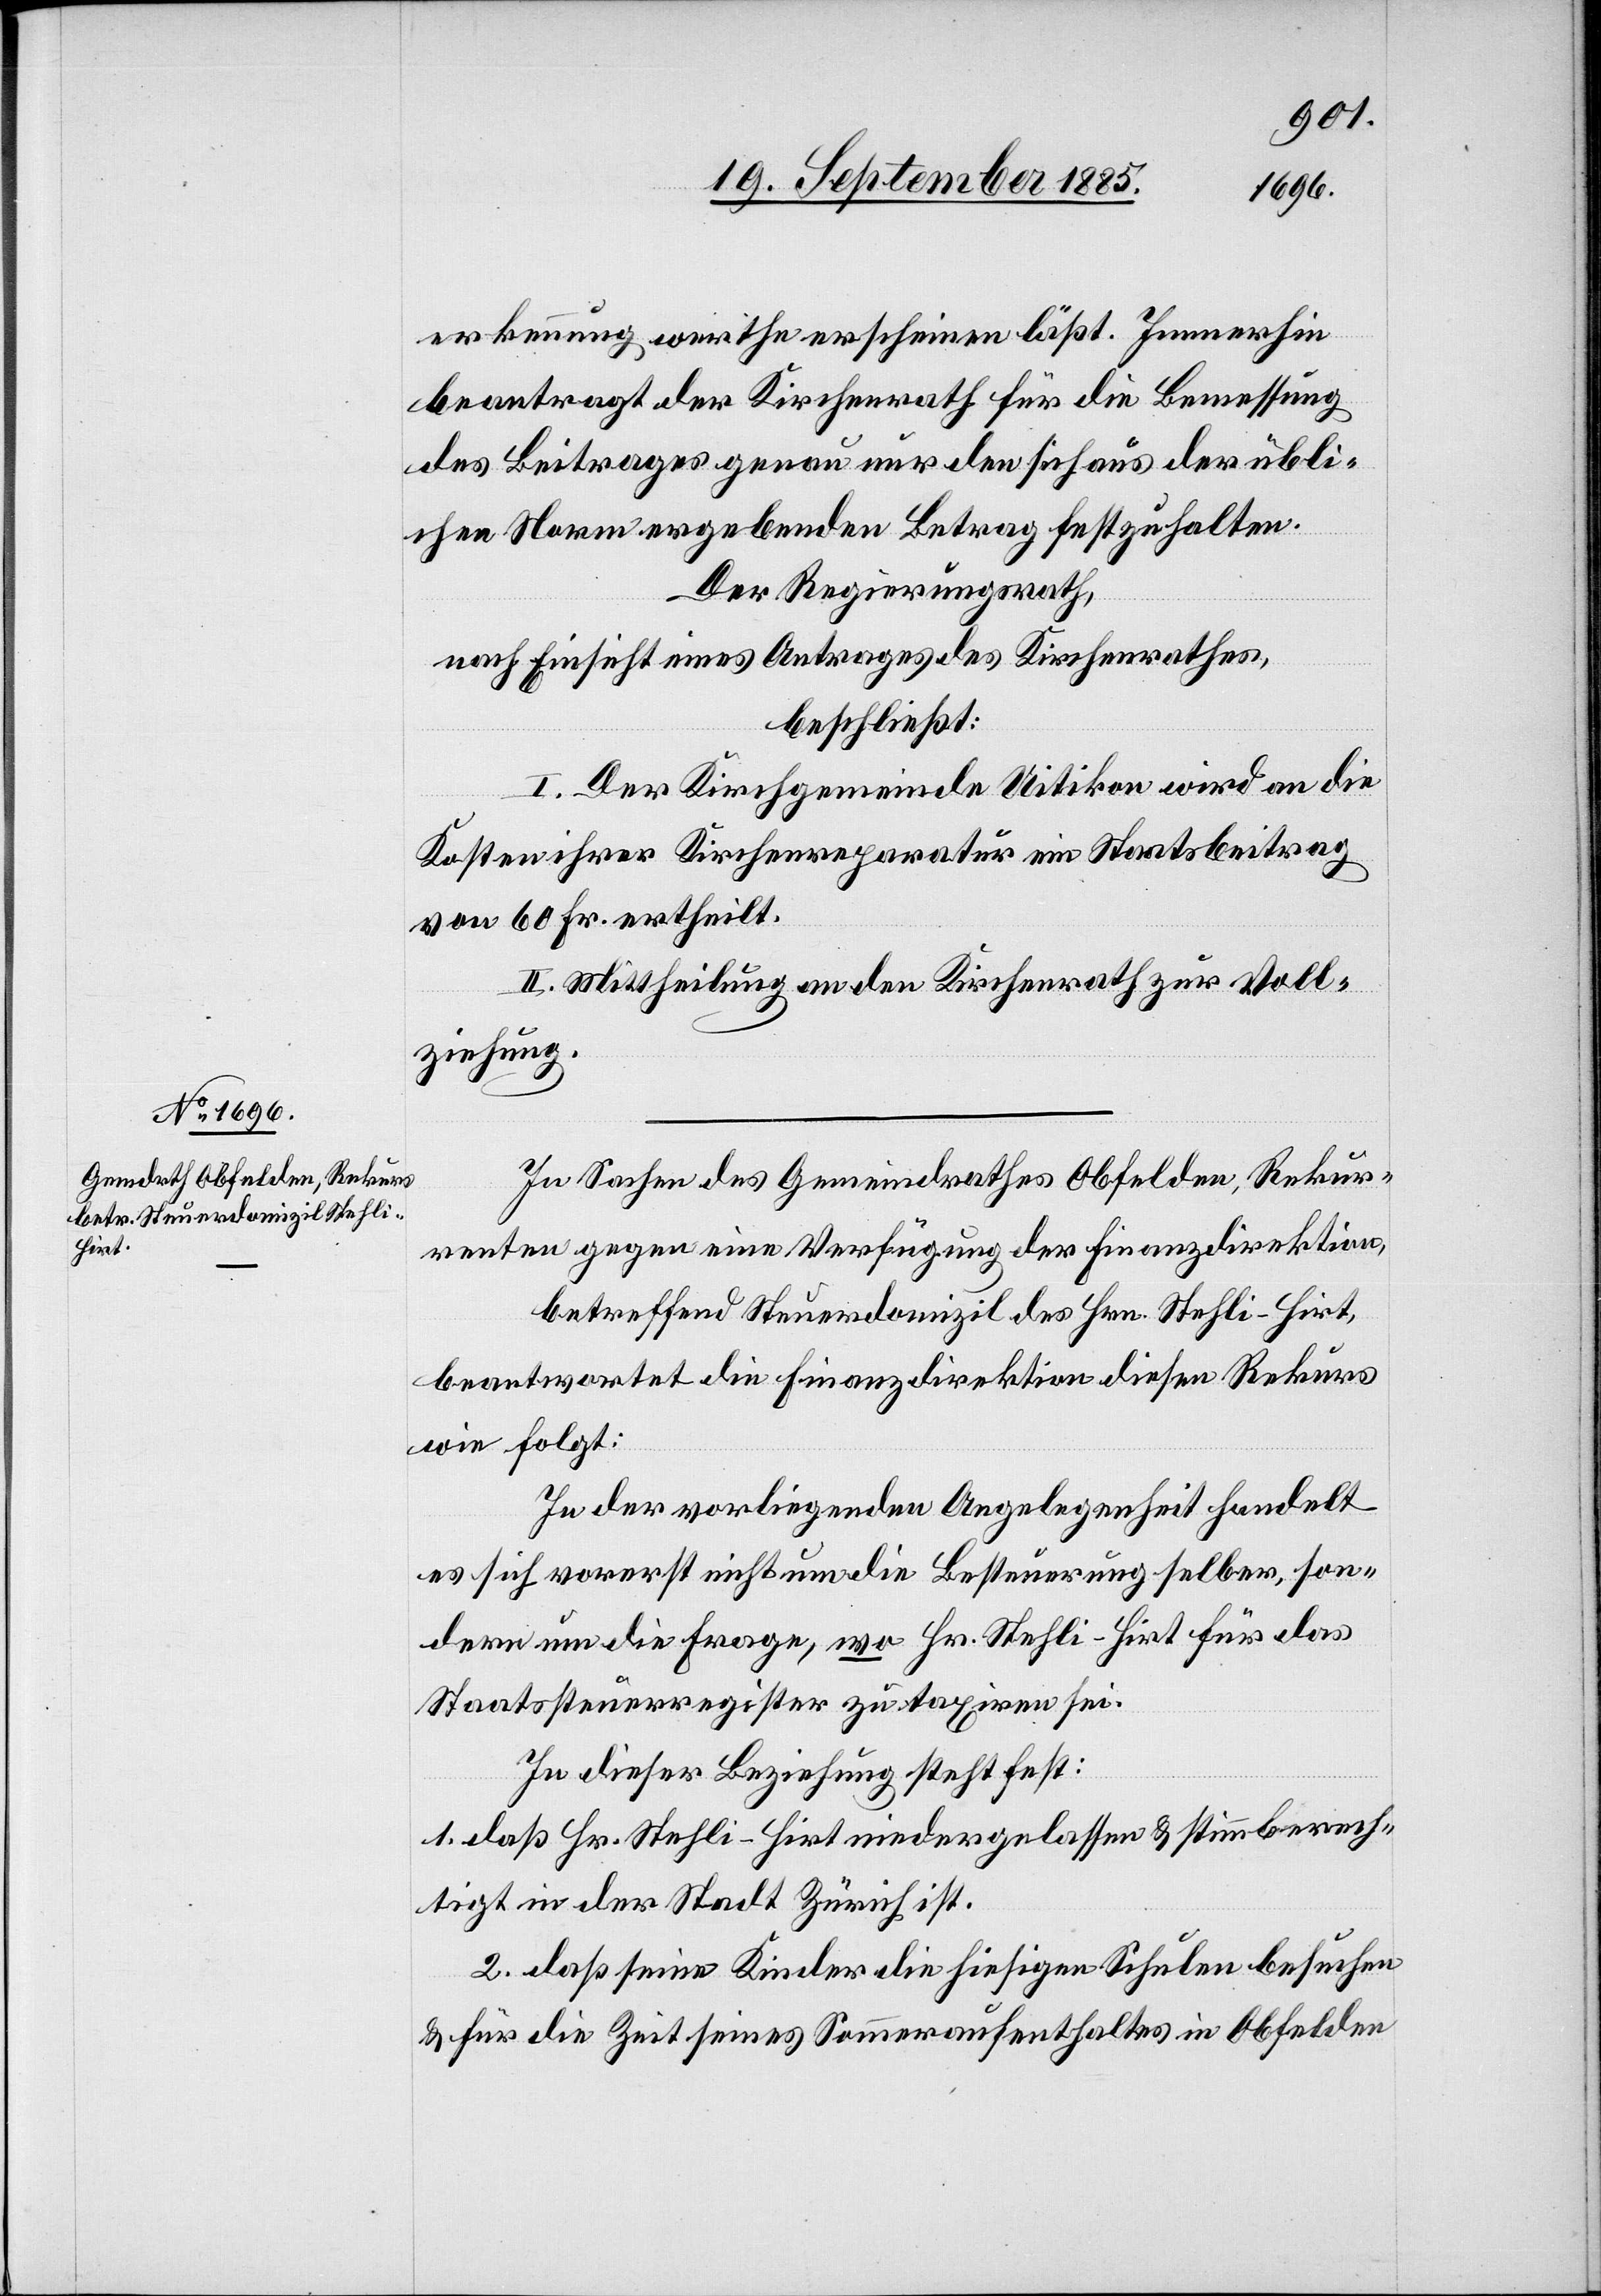
erkennung werthe erscheinen läßt. Immerhin
beantragt der Kirchenrath für die Bemessung
des Beitrages genau nur den sich aus der übli¬
chen Norm ergebenden Betrag festzuhalten.
Der Regierungsrath,
nach Einsicht eines Antrages des Kirchenrathes,
beschließt:
I. Der Kirchgemeinde Uitikon wird an die
Kosten ihrer Kirchenreparatur ein Staatsbeitrag
von 60 Fr. ertheilt.
II. Mittheilung an den Kirchenrath zur Voll¬
ziehung.
In Sachen des Gemeindrathes Obfelden Rekur¬
renten gegen eine Verfügung der Finanzdirektion,
betreffend Steuerdomizil des Hrn. Stehli-Hirt,
beantwortet die Finanzdirektion diesen Rekurs
wie folgt.
In der vorliegenden Angelegenheit handelt
es sich vorerst nicht um die Besteuerung selber, son¬
dern um die Frage, wo Hr. Stehli-Hirt für das
Staatssteuerregister zu taxiren sei.
In dieser Beziehung steht fest:
1. daß Hr. Stehli-Hirt niedergelassen & stimmberech¬
tigt in der Stadt Zürich ist.
2. daß seine Kinder die hiesigen Schulen besuchen
& für die Zeit seines Sommeraufenthaltes in Obfelden